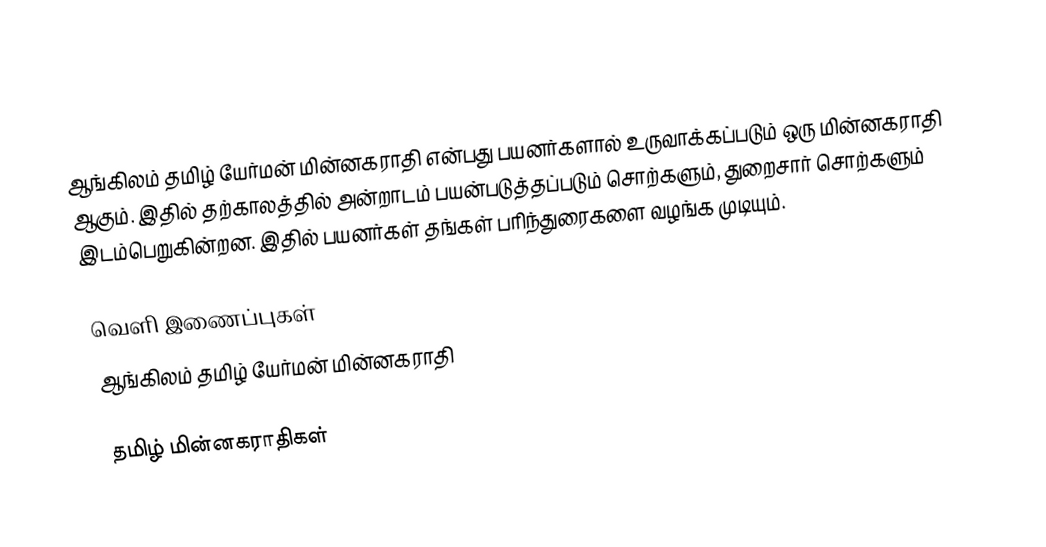
ஆங்கிலம் தமிழ் யேர்மன் மின்னகராதி என்பது பயனர்களால் உருவாக்கப்படும் ஒரு மின்னகராதி ஆகும்.  இதில் தற்காலத்தில் அன்றாடம் பயன்படுத்தப்படும் சொற்களும், துறைசார் சொற்களும் இடம்பெறுகின்றன. இதில் பயனர்கள் தங்கள் பரிந்துரைகளை வழங்க முடியும்.

வெளி இணைப்புகள்
 ஆங்கிலம் தமிழ் யேர்மன் மின்னகராதி

தமிழ் மின்னகராதிகள்